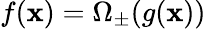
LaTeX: f(\mathbf{x})=\Omega_{\pm}(g(\mathbf{x}))